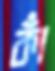
কাঁ